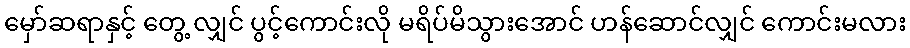
မှော်ဆရာနှင့် တွေ့ လျှင် ပွင့်ကောင်းလို မရိပ်မိသွားအောင် ဟန်ဆောင်လျှင် ကောင်းမလား